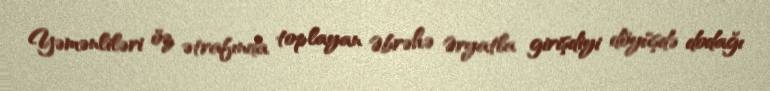
Yəmənliləri öz ətrafında toplayan Əbrəhə Əryatla girişdiyi döyüşdə dodağı